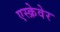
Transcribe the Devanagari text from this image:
एस्क्रेवेर